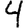
Digit: 4